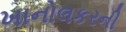
ખાનોલકરની